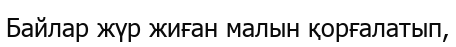
Байлар жүр жиған малын қорғалатып,